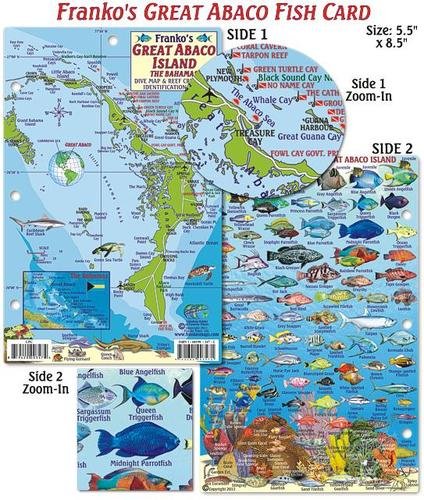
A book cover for Great Abaco Island Bahamas Dive Map & Reef Creatures Guide Franko Maps Laminated Fish Card; Franko Maps Ltd.; Travel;